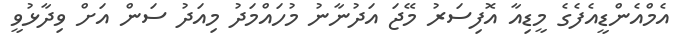
އެމްއެންޑީއެފެގެ މީޑިއާ އޮފިސަރު މޭޖަ އަދުނާނު މުހައްމަދު މިއަދު ސަން އަށް ވިދާޅުވީ